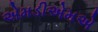
એમડીએમએ